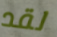
لقد